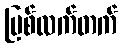
မြစ်လက်တက်